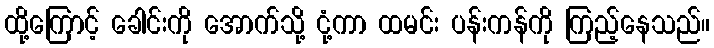
ထို့ကြောင့် ခေါင်းကို အောက်သို့ ငုံ့ကာ ထမင်း ပန်းကန်ကို ကြည့်နေသည်။